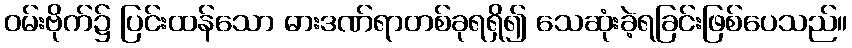
ဝမ်းဗိုက်၌ ပြင်းထန်သော ဓားဒဏ်ရာတစ်ခုရရှိ၍ သေဆုံးခဲ့ရခြင်းဖြစ်ပေသည်။